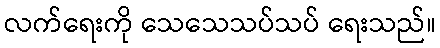
လက်ရေးကို သေသေသပ်သပ် ရေးသည်။